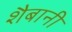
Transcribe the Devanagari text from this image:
शैबानी